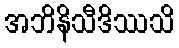
အဘိနိသီဒိဿသိ